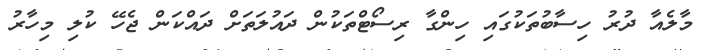
މާލެއާ ދުރު ހިސާބުތަކުގައި ހިންގާ ރިސޯޓްތަކުން ދައުލަތަށް ދައްކަން ޖެހޭ ކުލި މިހާރު